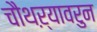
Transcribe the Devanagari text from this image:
चौथऱ्यावरुन